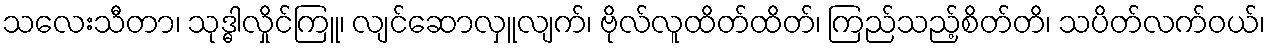
သလေးသီတာ၊ သုဒ္ဓါလှိုင်ကြူ၊ လျင်ဆောလှူလျက်၊ ဗိုလ်လူထိတ်ထိတ်၊ ကြည်သည့်စိတ်တိ၊ သပိတ်လက်ဝယ်၊